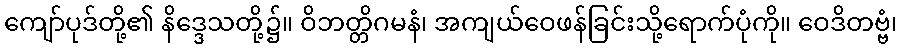
ကျော်ပုဒ်တို့၏ နိဒ္ဒေသတို့၌။ ဝိဘတ္တိဂမနံ၊ အကျယ်ဝေဖန်ခြင်းသို့ရောက်ပုံကို။ ဝေဒိတဗ္ဗံ၊